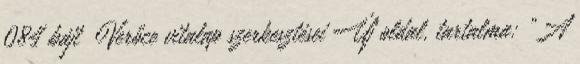
084 bájt ‎Verőce vitalap szerkesztései Új oldal, tartalma: „A